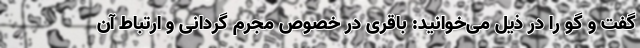
گفت و گو را در ذیل می‌خوانید: باقری در خصوص مجرم گردانی و ارتباط آن